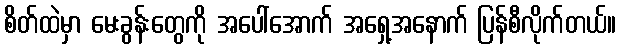
စိတ်ထဲမှာ မေးခွန်းတွေကို အပေါ်အောက် အရှေ့အနောက် ပြန်စီလိုက်တယ်။